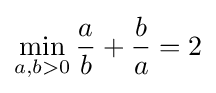
\min _{a,b>0}{\frac {a}{b}}+{\frac {b}{a}}=2